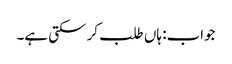
جواب: ہاں طلب کر سکتی ہے۔